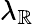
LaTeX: \lambda_{\mathbb{R}}